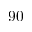
9 0